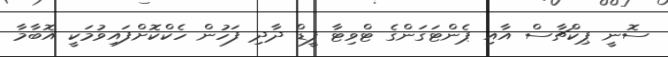
ސޮނީ ޕިކްޗާސް އާއި ޕެންޓަގަންގެ ޓްވިޓާ ފީޑް ދާދި ފަހުން ހެކްކޮށްފައިވުމަކީ އޮބާމާ